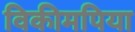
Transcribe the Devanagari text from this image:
विकीमपिया